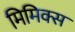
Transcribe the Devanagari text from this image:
मिमिक्स